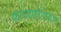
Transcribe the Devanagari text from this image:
फायद्यातोट्यांवर